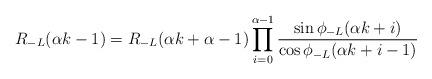
LaTeX: \begin{align*} R_{-L}(\alpha k-1)=R_{-L}(\alpha k+\alpha-1)\prod_{i=0}^{\alpha -1}\frac{\sin \phi_{-L}(\alpha k+i)}{\cos \phi_{-L}(\alpha k+i-1)}\end{align*}